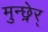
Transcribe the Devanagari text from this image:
मुन्छ्नेर्